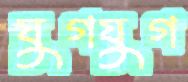
যুগযুগ